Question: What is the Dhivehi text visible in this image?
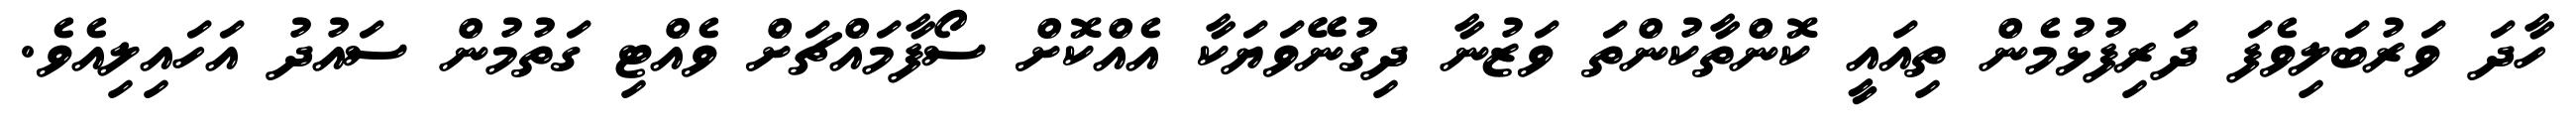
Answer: ހާދަ ވަރުބަލިވެފަ ދަރިފުޅުމެން ތިއައީ ކޮންތާކުންތަ ވަޒުނާ ދިގުނޭވަޔަކާ އެއްކޮށް ސޯފާމައްޗަށް ވެއްޓި ގަތުމުން ސައުދު އަހައިލިއެވެ.